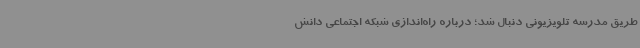
طریق مدرسه تلویزیونی دنبال شد؛ درباره راه‌اندازی شبکه اجتماعی دانش